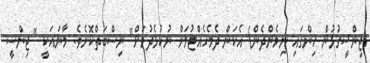
(ޖިންސީގުޅުން ހިންގައި ނިމެންދެން) އެކަން ދެމެހެއްޓުމަށް ނުކުޅެދުމަށް" ނިސްބަތްކޮށެވެ. މާނައަކީ " ޖިންސީ